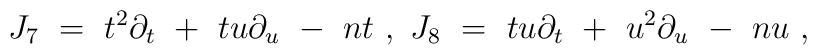
J_7\ =\ t^2 \partial_t \ + \ t u \partial_u\ - \ n t \ ,\ J_8\ =\ t u\partial_t \ + \ u^2 \partial_u\ - \ n u\ ,